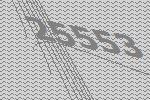
25553